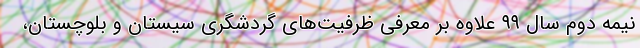
نیمه دوم سال ۹۹ علاوه بر معرفی ظرفیت‌های گردشگری سیستان و بلوچستان،